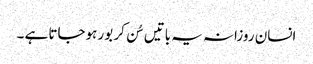
انسان روزانہ یہ باتیں سُن کر بور ہوجاتا ہے ۔